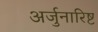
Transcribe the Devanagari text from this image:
अर्जुनारिष्ट